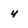
Character: y